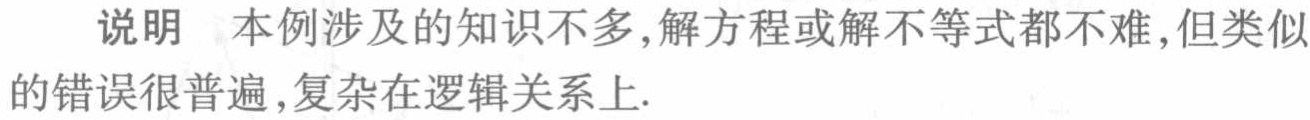
说明 本例涉及的知识不多,解方程或解不等式都不难,但类似的错误很普遍,复杂在逻辑关系上.